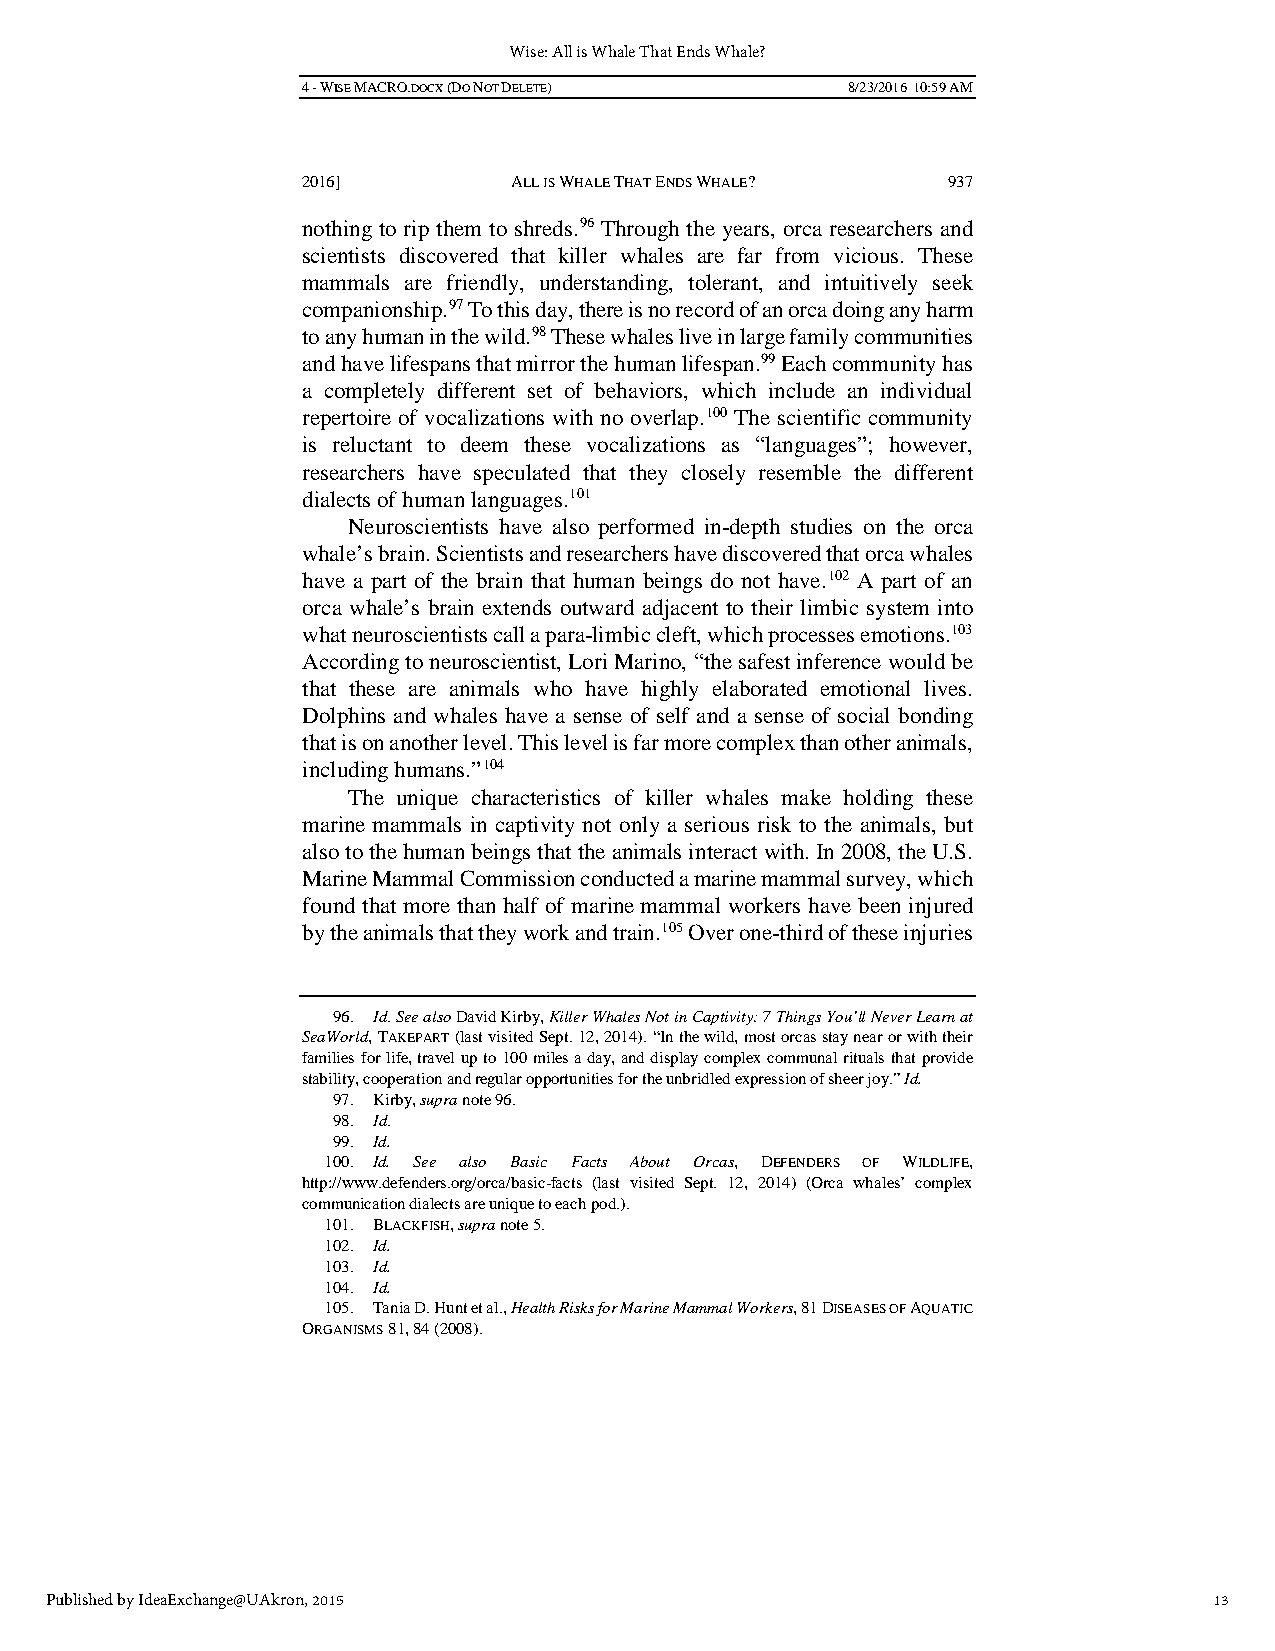
Wise: All is Whale That Ends Whale?
 4 - WISE MACRO.DOCX (DO NOT DELETE) 8/23/2016 10:59 AM
 2016]         ALL IS WHALE THAT ENDS WHALE? 937
 nothing to rip them to shreds.96 Through the years, orca researchers and
 scientists discovered that killer whales are far from vicious. These
 mammals are friendly, understanding, tolerant, and intuitively seek
 companionship.97 To this day, there is no record of an orca doing any harm
 to any human in the wild.98 These whales live in large family communities
 and have lifespans that mirror the human lifespan.99 Each community has
 a completely different set of behaviors, which include an individual
 repertoire of vocalizations with no overlap.100 The scientific community
 is reluctant to deem these vocalizations as “languages”; however,
 researchers have speculated that they closely resemble the different
 dialects of human languages.101
 Neuroscientists have also performed in-depth studies on the orca
 whale’s brain. Scientists and researchers have discovered that orca whales
 have a part of the brain that human beings do not have.102 A part of an
 orca whale’s brain extends outward adjacent to their limbic system into
 what neuroscientists call a para-limbic cleft, which processes emotions.103
 According to neuroscientist, Lori Marino, “the safest inference would be
 that these are animals who have highly elaborated emotional lives.
 Dolphins and whales have a sense of self and a sense of social bonding
 that is on another level. This level is far more complex than other animals,
 including humans.”104
 The unique characteristics of killer whales make holding these
 marine mammals in captivity not only a serious risk to the animals, but
 also to the human beings that the animals interact with. In 2008, the U.S.
 Marine Mammal Commission conducted a marine mammal survey, which
 found that more than half of marine mammal workers have been injured
 by the animals that they work and train.105 Over one-third of these injuries
 96. Id. See also David Kirby, Killer Whales Not in Captivity: 7 Things You’ll Never Learn at
 SeaWorld, TAKEPART (last visited Sept. 12, 2014). “In the wild, most orcas stay near or with their
 families for life, travel up to 100 miles a day, and display complex communal rituals that provide
 stability, cooperation and regular opportunities for the unbridled expression of sheer joy.” Id.
 97. Kirby, supra note 96.
 98. Id.
 99. Id.
 100. Id. See also Basic Facts About Orcas, DEFENDERS OF WILDLIFE,
 http://www.defenders.org/orca/basic-facts (last visited Sept. 12, 2014) (Orca whales’ complex
 communication dialects are unique to each pod.).
 101. BLACKFISH, supra note 5.
 102. Id.
 103. Id.
 104. Id.
 105. Tania D. Hunt et al., Health Risks for Marine Mammal Workers, 81 DISEASES OF AQUATIC
 ORGANISMS 81, 84 (2008).
 Published by IdeaExchange@UAkron, 2015                                       13